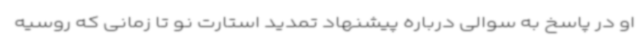
او در پاسخ به سوالی درباره پیشنهاد تمدید استارت نو تا زمانی که روسیه